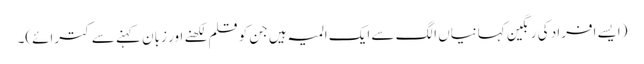
(ایسے افراد کی رنگین کہانیاں الگ سے ایک المیہ ہیں جن کو قلم لکھنے اور زبان کہنے سے کترائے)۔